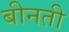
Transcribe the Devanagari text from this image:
बीनती